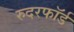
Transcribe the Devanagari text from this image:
रुदरफॉर्ड